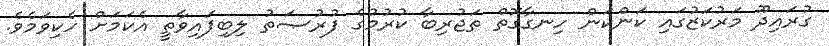
ގުރައިދޫ މަރުކަޒުގައި ކަންކަން ހިނގާގޮތް ތަޖުރިބާ ކުރުމުގެ ފުރުޞަތު ލިބިފައިވާތީ އެކަމަށް ހެކިވަމެވެ.